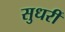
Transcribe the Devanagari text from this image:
सुधरीं